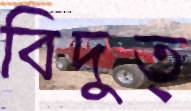
বিদুত্